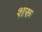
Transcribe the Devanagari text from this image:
शरु